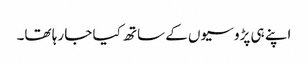
اپنے ہی پڑوسیوں کے ساتھ کیا جا رہا تھا۔